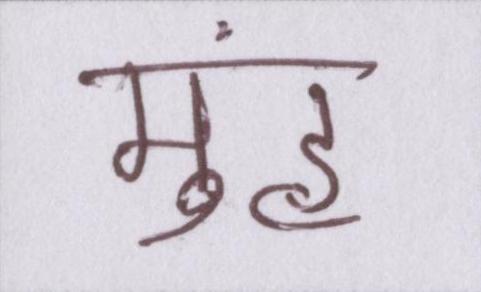
मुंह